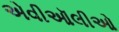
એવીઑલીઓ